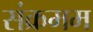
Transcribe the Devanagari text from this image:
संक्रमम